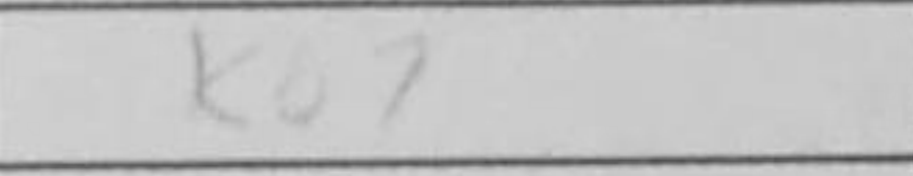
Transcription: Kb7